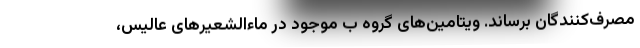
مصرف‌کنندگان برساند. ویتامین‌های گروه ب موجود در ماء‌الشعیرهای عالیس،